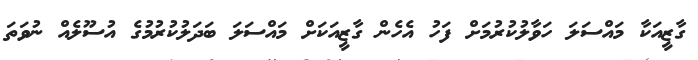
ގާޒީއަކާ މައްސަލަ ހަވާލުކުރުމަށް ފަހު އެހެން ގާޒީއަކަށް މައްސަލަ ބަދަލުކުރުމުގެ އުސޫލެއް ނުވަތަ